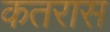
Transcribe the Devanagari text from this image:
कतरास